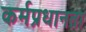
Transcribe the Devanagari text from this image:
कर्मप्रधानता